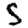
Digit: 5